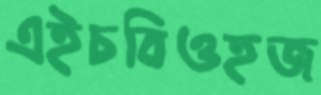
এইচবিওহজ